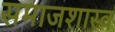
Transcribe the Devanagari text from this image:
समाजशास्व